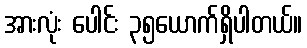
အားလုံး ပေါင်း ၃၅ယောက်ရှိပါတယ်။